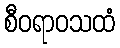
စီဝရာဝသထံ